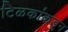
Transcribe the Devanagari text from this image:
टिळकांकडून